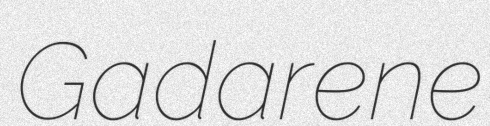
Gadarene